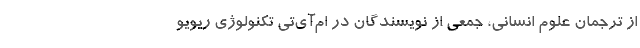
از ترجمان علوم انسانی، جمعی از نویسندگان در ام‌آی‌تی تکنولوژی ریویو